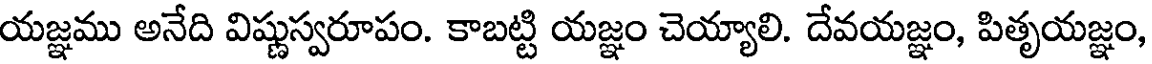
యజ్ఞము అనేది విష్ణుస్వరూపం. కాబట్టి యజ్ఞం చెయ్యాలి. దేవయజ్ఞం, పితృయజ్ఞం,